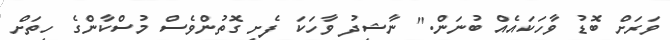
ވަރަށް ބޮޑު ވާހަކައެއް ބުނަން." ނާޝިދު ވާހަކަ ފެށި ގޮތުންވެސް މުސްކާންގެ ހިތަށް